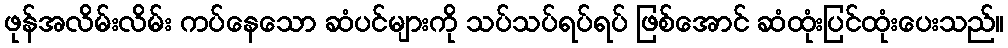
ဖုန်အလိမ်းလိမ်း ကပ်နေသော ဆံပင်များကို သပ်သပ်ရပ်ရပ် ဖြစ်အောင် ဆံထုံးပြင်ထုံးပေးသည်။